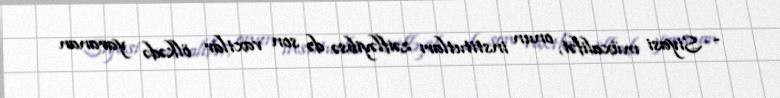
- Siyasi müxalifət, onun institutları zəifləyibsə də son vaxtlar ölkədə yaranan